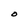
Character: O